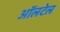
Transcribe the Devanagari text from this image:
ऑलटेल